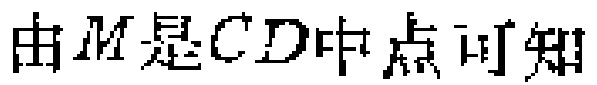
由\(M\)是\(CD\)中点可知